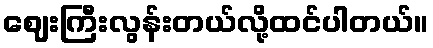
ဈေးကြီးလွန်းတယ်လို့ထင်ပါတယ်။